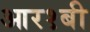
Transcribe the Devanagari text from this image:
आर१बी